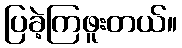
ပြခဲ့ကြဖူးတယ်။